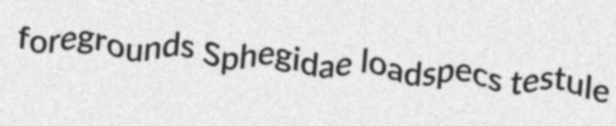
foregrounds Sphegidae loadspecs testule